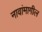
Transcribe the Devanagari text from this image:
नावांमागील